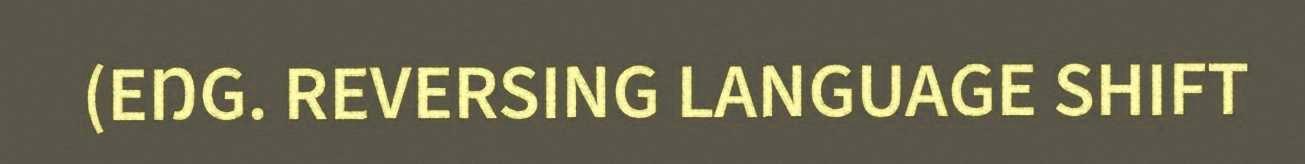
(EŊG. REVERSING LANGUAGE SHIFT